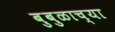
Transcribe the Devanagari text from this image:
बुबुळाच्या